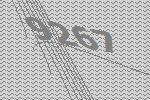
9267